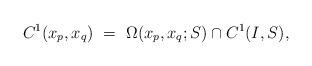
LaTeX: \begin{align*}C^1(x_p,x_q)\ =\ \Omega(x_p,x_q;S) \cap C^1(I, S),\end{align*}